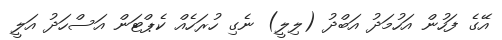
އޭގެ ފަހުން އަހުމަދު އަބްދު (ލިލީ) ނެގި ހުރަހެއް ކެޕްޓަން އަސްހަދު އަލީ